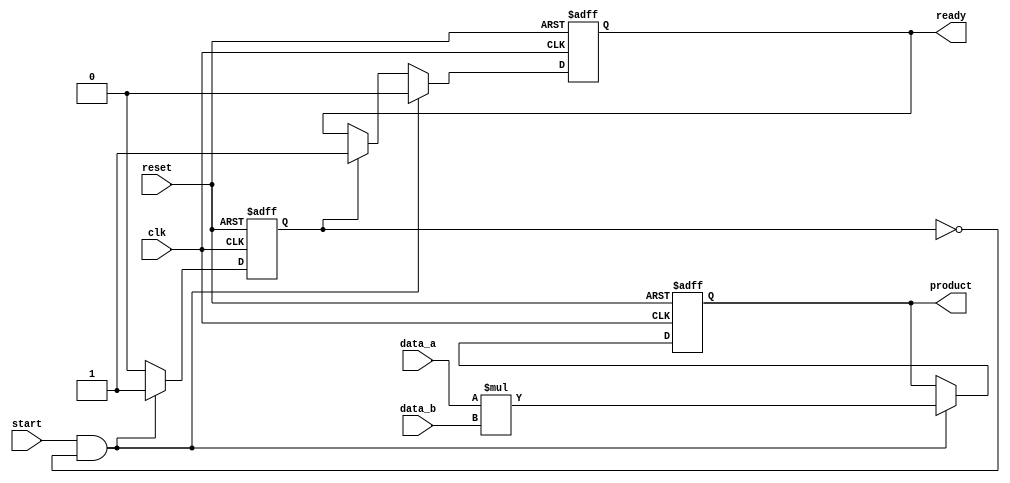
module streaming_multiplier #(
    parameter DATA_WIDTH = 16,  // Width of input data
    parameter PRODUCT_WIDTH = 32 // Width of product output
)(
    input wire clk,               // Clock signal
    input wire reset,             // Asynchronous reset signal
    input wire start,             // Start signal for multiplication
    input wire signed [DATA_WIDTH-1:0] data_a, // First input data stream
    input wire signed [DATA_WIDTH-1:0] data_b, // Second input data stream
    output reg signed [PRODUCT_WIDTH-1:0] product, // Output product
    output reg ready              // Ready signal indicating product is available
);

    // Internal state
    reg processing; // Indicates if multiplication is in progress

    always @(posedge clk or posedge reset) begin
        if (reset) begin
            product <= 0;
            ready <= 0;
            processing <= 0;
        end else if (start && !processing) begin
            // Start multiplication
            processing <= 1;
            product <= data_a * data_b; // Perform multiplication
            ready <= 0; // Set ready to low until product is read
        end else if (processing) begin
            // Indicate that the product is ready
            ready <= 1;
            processing <= 0; // Reset processing state
        end
    end

endmodule